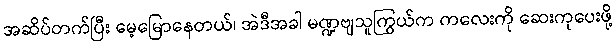
အဆိပ်တက်ပြီး မေ့မြောနေတယ်၊ အဲဒီအခါ မဏ္ဍဗျသူကြွယ်က ကလေးကို ဆေးကုပေးဖို့